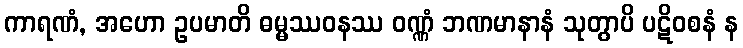
ကာရဏံ, အဟော ဥပမာတိ ဓမ္မဿဝနဿ ဝဏ္ဏံ ဘဏမာနာနံ သုတွာပိ ပဋိဝစနံ န